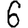
Digit: 6